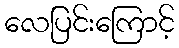
လေပြင်းကြောင့်